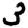
Digit: 3